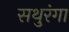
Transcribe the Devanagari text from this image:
सथुरंगा